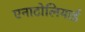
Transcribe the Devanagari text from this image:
एनाटोलियाई